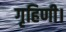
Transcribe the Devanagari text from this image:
गृहिणी।